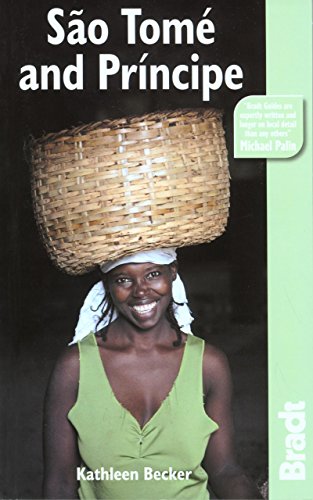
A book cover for Sao Tome and Principe (Bradt Travel Guide); Kathleen Becker; Travel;